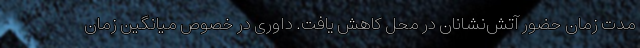
مدت زمان حضور آتش‌نشانان در محل کاهش یافت. داوری در خصوص میانگین زمان